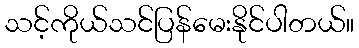
သင့်ကိုယ်သင်ပြန်မေးနိုင်ပါတယ်။